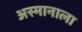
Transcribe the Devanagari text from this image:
अस्मानाला